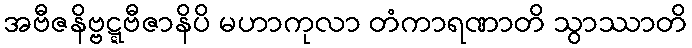
အဗီဇနိဗ္ဗဋ္ဋဗီဇာနိပိ မဟာကုလာ တံကာရဏာတိ သွာဿာတိ